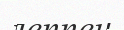
леппен